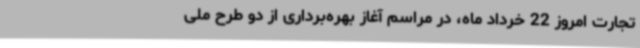
تجارت امروز 22 خرداد ماه، در مراسم آغاز بهره‌برداری از دو طرح ملی